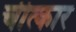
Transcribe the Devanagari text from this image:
चीत्‍कार